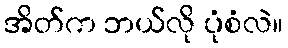
အိတ်က ဘယ်လို ပုံစံလဲ။